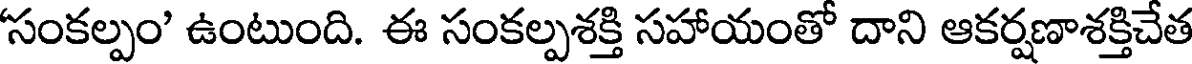
సంకల్పం' ఉంటుంది. ఈ సంకల్పశక్తి సహాయంతో దాని ఆకర్షణాశక్తిచేత